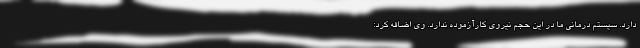
دارد. سیستم درمانی ما در این حجم نیروی کارآزموده ندارد. وی اضافه کرد: